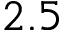
2 . 5